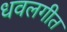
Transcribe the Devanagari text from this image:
धवलगीत